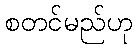
စတင်မည်ဟု